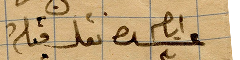
عشرة أيام نقل قبله